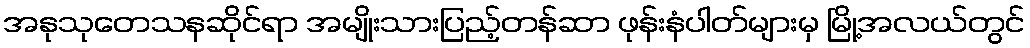
အနုသုတေသနဆိုင်ရာ အမျိုးသားပြည့်တန်ဆာ ဖုန်းနံပါတ်များမှ မြို့အလယ်တွင်